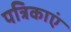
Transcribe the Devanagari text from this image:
पत्रिकाएं